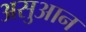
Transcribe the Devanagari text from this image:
असुआन